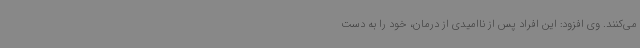
می‌کنند. وی افزود: این افراد پس از ناامیدی از درمان، خود را به دست